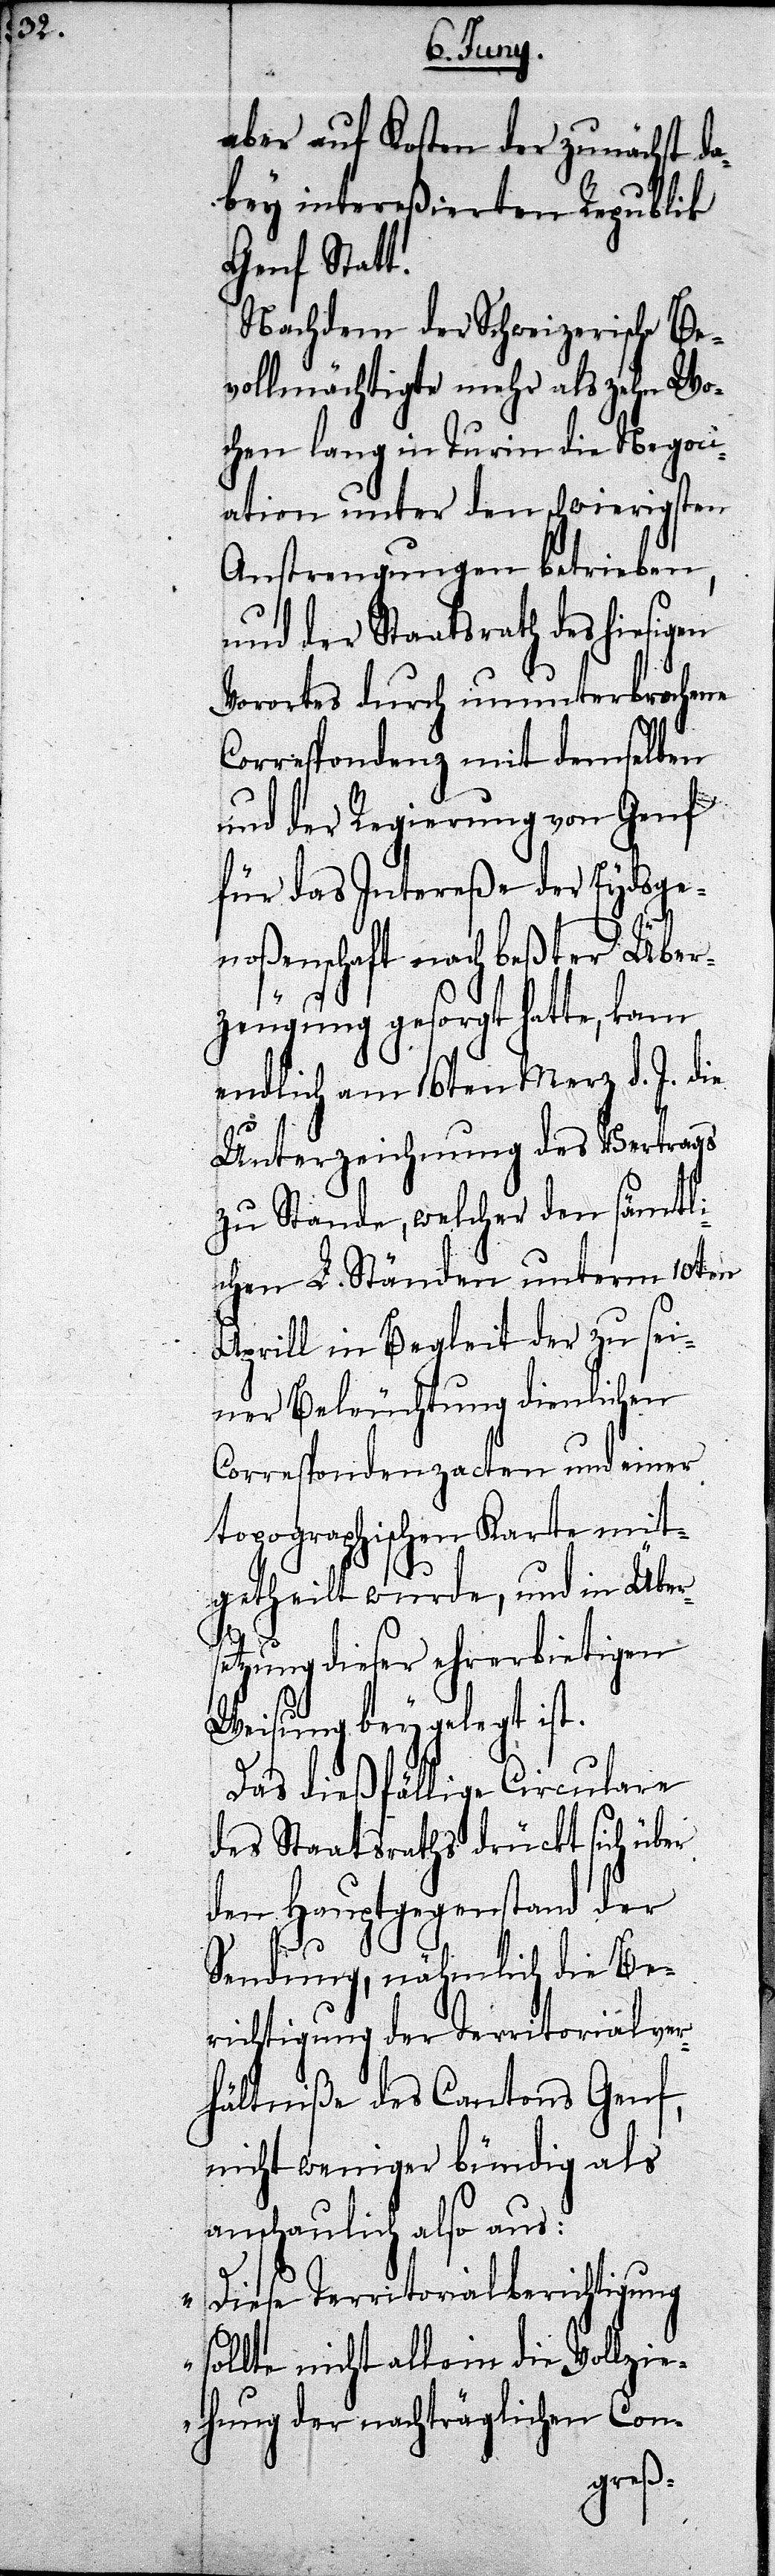
aber auf Kosten der zunächst da¬
bey intereßierten Republik
Genf Statt.
Nachdem der Schweizerische Be¬
vollmächtigte mehr als zehn Wo¬
chen lang in Turin die Negoci¬
ation unter den schwierigsten
Anstrengungen betrieben,
und der Staatsrath des hiesigen
Vorortes durch ununterbrochene
Correspondenz mit demselben
und der Regierung von Genf
für das Intereße der Eydsge¬
noßenschaft nach beßter Über¬
zeugung gesorgt hatte, kam
endlich am 16ten Merz d. J. die
Unterzeichnung des Vertrags
zu Stande, welcher den sämtli¬
chen L. Ständen unterm 10ten
Aprill in Begleit der zu sei¬
ner Beleuchtung dienlichen
Correspondenzacten und einer
topographischen Karte mit¬
getheilt wurde, und in Über¬
etzung dieser ehrerbietigen
Weisung beygelegt ist.
Das dießfällige Circulare
des Staatsraths drückt sich über
den Hauptgegenstand der
Sendung, nähmlich die Be¬
richtigung der Territorialver¬
hältniße des Cantons Genf,
nicht weniger bündig als
anschaulich also aus:
„Diese Territorialberichtigung
sollte nicht allein die Vol¬
chen
s¬
ehung der nachträgli¬